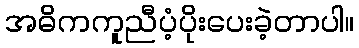
အဓိကကူညီပံ့ပိုးပေးခဲ့တာပါ။